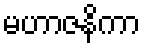
မဟာဇနိကာ